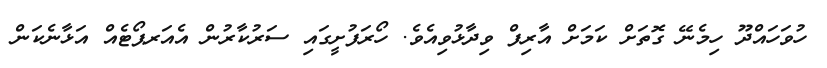
ހުވަހައްދޫ ހިމެނޭ ގޮތަށް ކަމަށް އާރިފް ވިދާޅުވިއެވެ. ހޯރަފުށީގައި ސަރުކާރުން އެއަރޕޯޓެއް އަޅާނެކަން